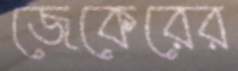
জেকেরের